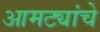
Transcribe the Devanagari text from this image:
आमट्यांचे